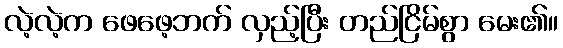
လဲ့လဲ့က ဖေဖေ့ဘက် လှည့်ပြီး တည်ငြိမ်စွာ မေး၏။